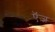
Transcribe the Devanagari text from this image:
ऍज़